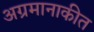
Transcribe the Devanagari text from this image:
अग्रमानाकीत